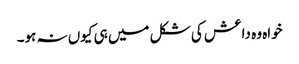
خواہ وہ داعش کی شکل میں ہی کیوں نہ ہو۔